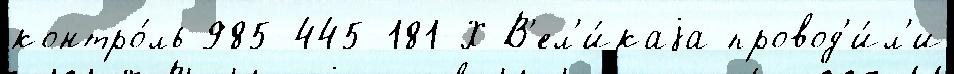
контро́ль 985-445-181-Х В'ел'и́каjа провод'и́л'и